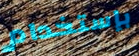
بإستخدام